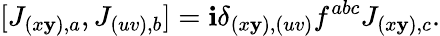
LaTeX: [J_{(x\mathbf{y}),a},J_{(uv),b}]=\mathbf{i}\delta_{(x\mathbf{y}),(uv)}f^{abc}J_{(x\mathbf{y}),c}.